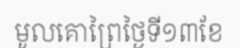
មូលគោព្រៃថ្ងៃទី១៣ខែ